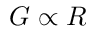
G \propto R